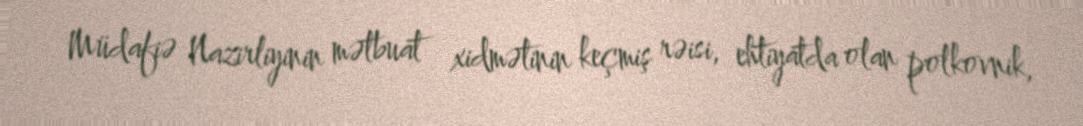
Müdafiə Nazirliyinin mətbuat xidmətinin keçmiş rəisi, ehtiyatda olan polkovnik,